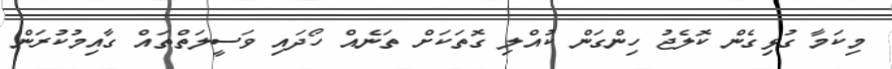
މިކަމާ ގުޅިގެން ކޮލެޖު ހިންގަން ކުއްލި ގޮތަކަށް ތަނެއް ހޯދައި ވަސީލަތްތައް ގާއިމުކުރަން